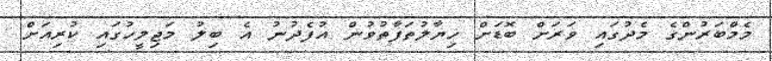
މެމްބަރުންގެ މެދުގައި ވަރަށް ބޮޑަށް ހިޔާލުތަފާތުވުން އުފެދުނު އެ ބިލު މަޖިލީހުގައި ކުރިއަށް